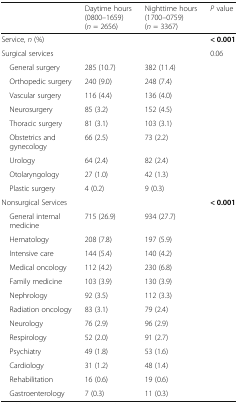
|  | Daytime hours (0800–1659)(n = 2656) | Nighttime hours (1700–0759)(n = 3367) | P value |
 | --- | --- | --- | --- |
 | <COLSPAN=3> Service, n (%) | < 0.001 |
 | <COLSPAN=3> Surgical services | 0.06 |
 | General surgery | 285 (10.7) | 382 (11.4) |  |
 | Orthopedic surgery | 240 (9.0) | 248 (7.4) |  |
 | Vascular surgery | 116 (4.4) | 136 (4.0) |  |
 | Neurosurgery | 85 (3.2) | 152 (4.5) |  |
 | Thoracic surgery | 81 (3.1) | 103 (3.1) |  |
 | Obstetrics and gynecology | 66 (2.5) | 73 (2.2) |  |
 | Urology | 64 (2.4) | 82 (2.4) |  |
 | Otolaryngology | 27 (1.0) | 42 (1.3) |  |
 | Plastic surgery | 4 (0.2) | 9 (0.3) |  |
 | <COLSPAN=3> Nonsurgical Services | < 0.001 |
 | General internal medicine | 715 (26.9) | 934 (27.7) |  |
 | Hematology | 208 (7.8) | 197 (5.9) |  |
 | Intensive care | 144 (5.4) | 140 (4.2) |  |
 | Medical oncology | 112 (4.2) | 230 (6.8) |  |
 | Family medicine | 103 (3.9) | 130 (3.9) |  |
 | Nephrology | 92 (3.5) | 112 (3.3) |  |
 | Radiation oncology | 83 (3.1) | 79 (2.4) |  |
 | Neurology | 76 (2.9) | 96 (2.9) |  |
 | Respirology | 52 (2.0) | 91 (2.7) |  |
 | Psychiatry | 49 (1.8) | 53 (1.6) |  |
 | Cardiology | 31 (1.2) | 48 (1.4) |  |
 | Rehabilitation | 16 (0.6) | 19 (0.6) |  |
 | Gastroenterology | 7 (0.3) | 11 (0.3) |  |